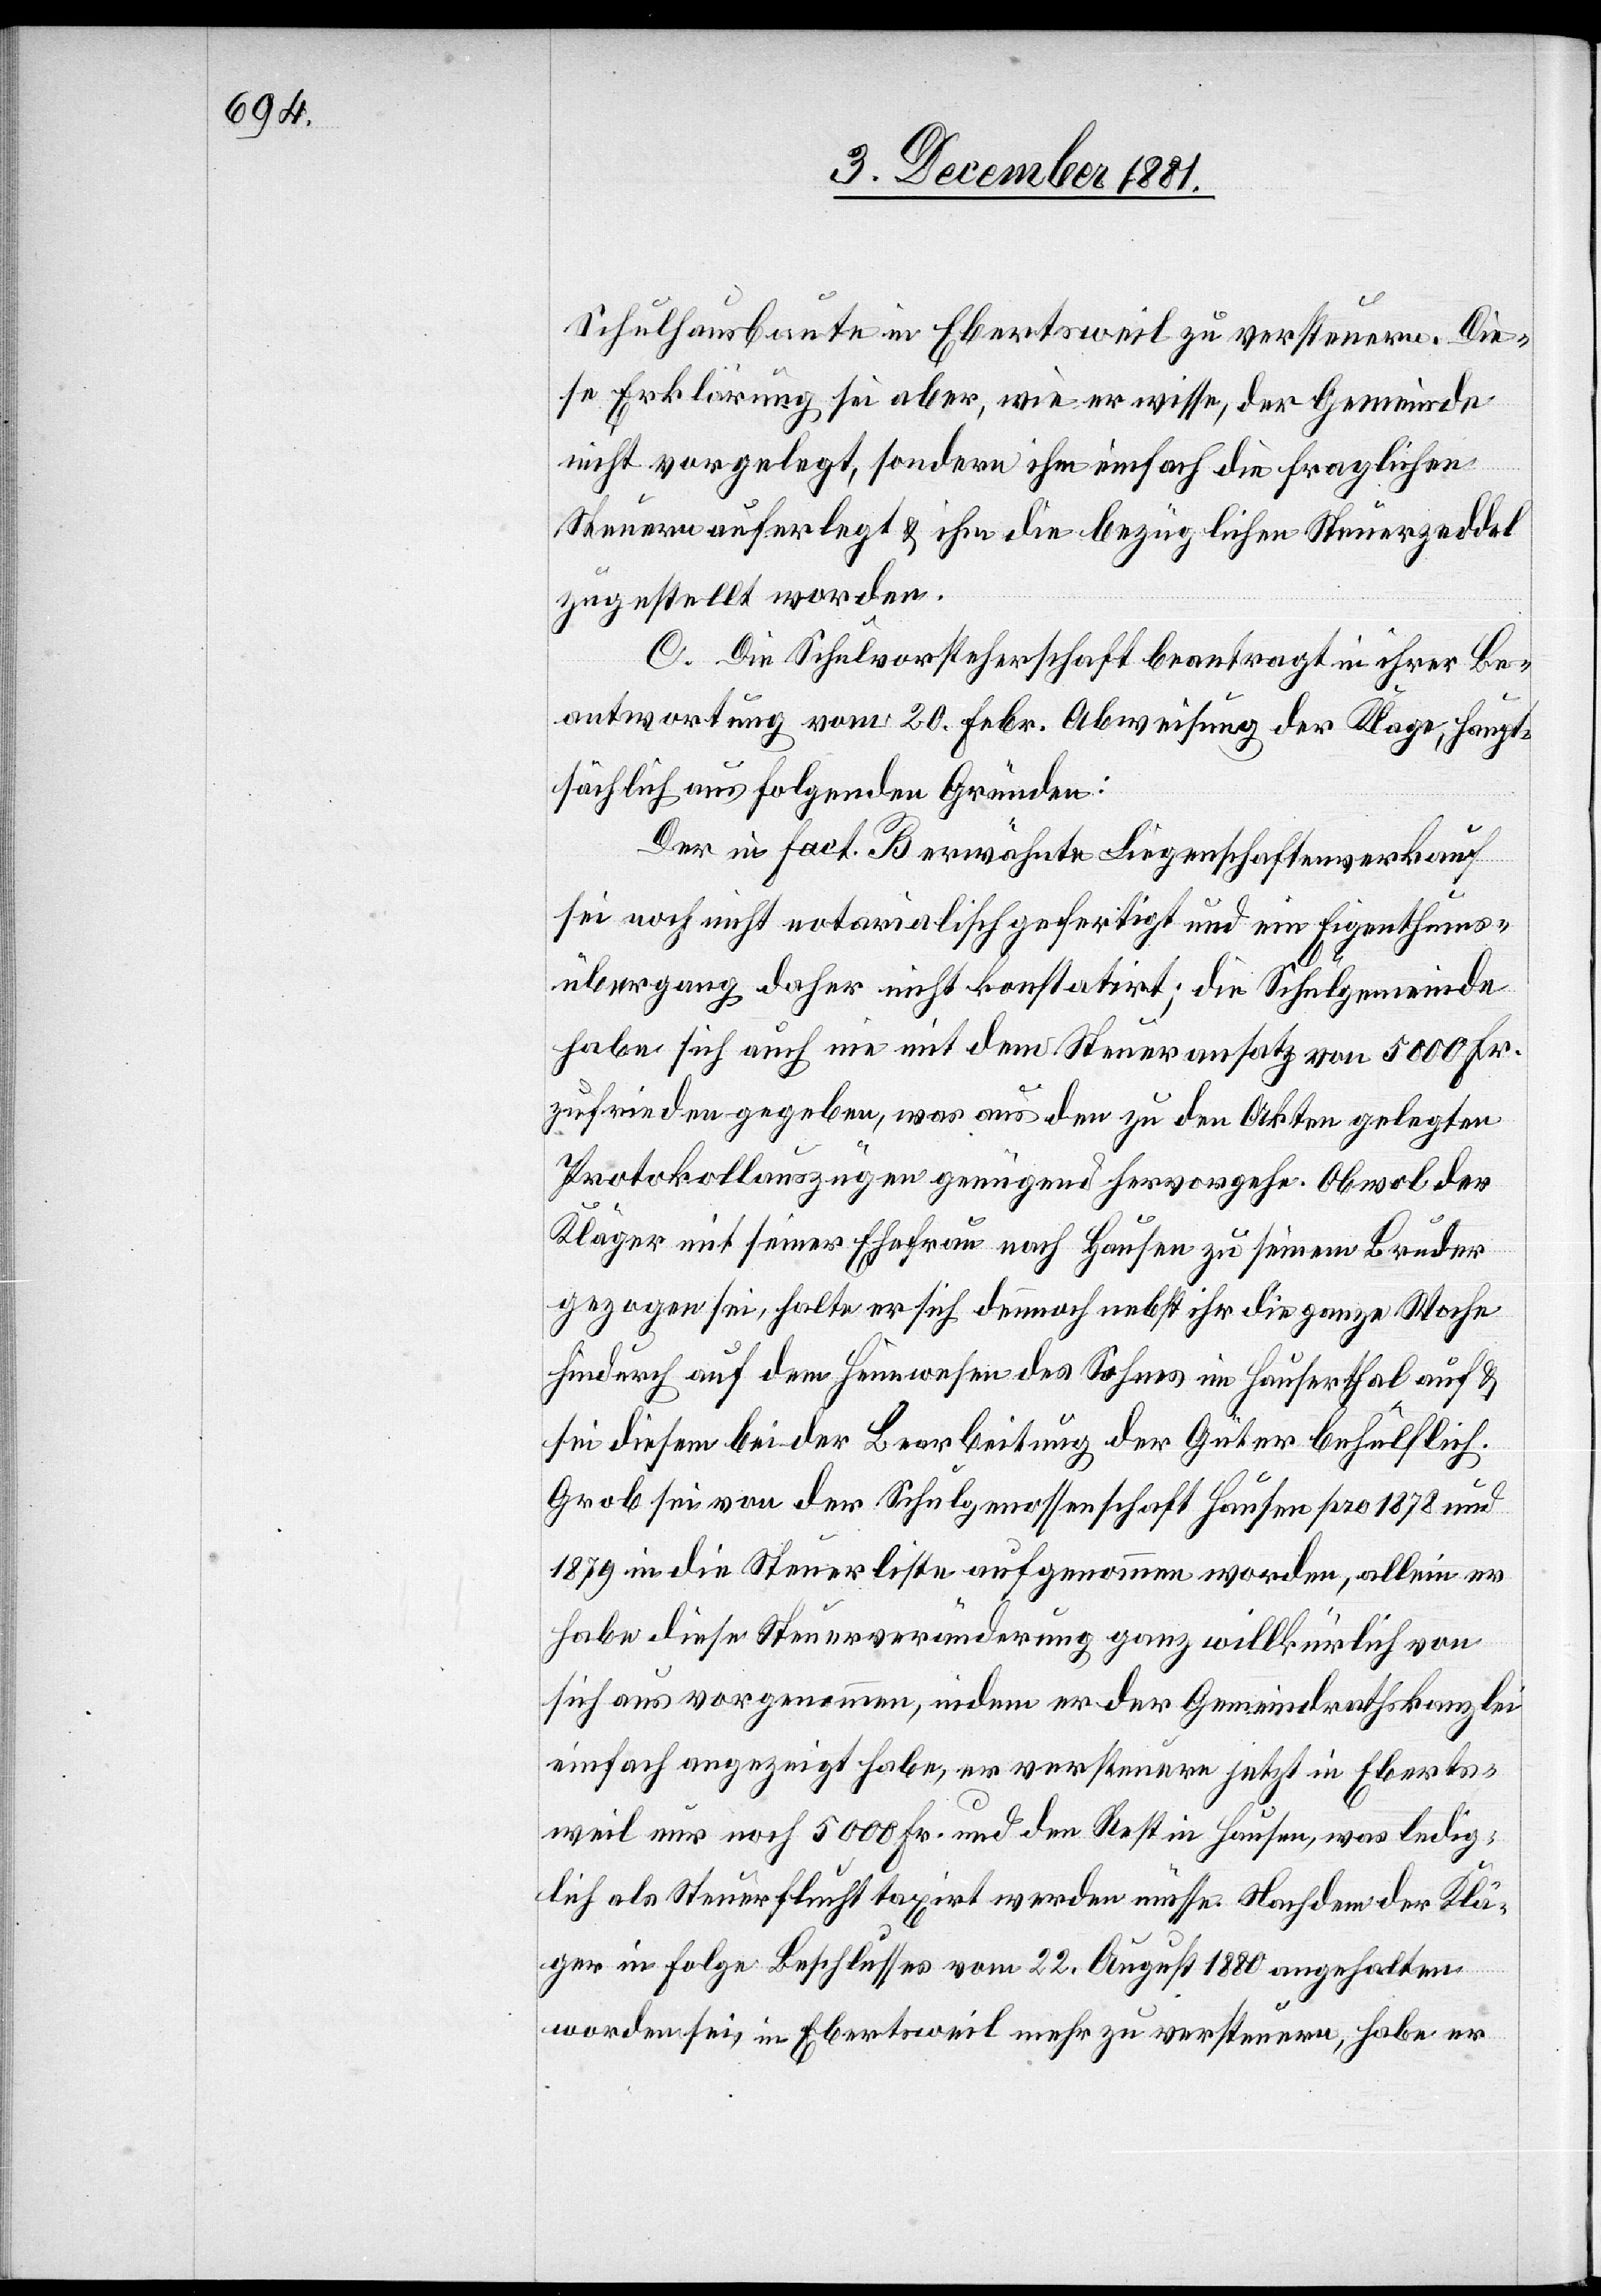
Schulhausbaute in Ebertsweil zu versteuern. Die¬
se Erklärung sei aber, wie er wisse, der Gemeinde
nicht vorgelegt, sondern ihm einfach die fraglichen
Steuern auferlegt & ihm die bezüglichen Steuerzeddel
zugestellt worden.
C. Die Schulvorsteherschaft beantragt in ihrer Be¬
antwortung vom 20. Febr. Abweisung der Klage, haupt¬
sächlich aus folgenden Gründen:
Der in Fact. B erwähnte Liegenschaftenverkauf
sei noch nicht notarialisch gefertigt und ein Eigenthums¬
übergang daher nicht konstatirt; die Schulgemeinde
habe sich auch nie mit dem Steueransatz von 5000 Fr.
zufrieden gegeben, was aus den zu den Akten gelegten
Protokollauszügen genügend hervorgehe. Obwohl der
Kläger mit seiner Ehefrau nach Hausen zu seinem Bruder
gezogen sei, halte er sich demnach nebst ihr die ganze Woche
hindurch auf dem Heimwesen des Sohnes im Hauserthal auf &
sei diesem bei der Bearbeitung der Güter behilflich.
Grob sei von der Schulgenossenschaft Hausen pro 1878 und
1879 in die Steuerleiste aufgenommen worden, allein er
habe diese Steuerveränderung ganz willkürlich von
sich aus vorgenommen, indem er der Gemeindrathskanzlei
einfach angezeigt habe, er versteure jetzt in Eberts¬
weil nur noch 5000 Fr. und den Rest in Hausen, was ledig¬
lich als Steuerflucht taxirt werden müsse. Nachdem der Klä¬
ger in Folge Beschlusses vom 22. August 1880 angehalten
worden sei, in Ebertsweil mehr zu versteuern, habe er